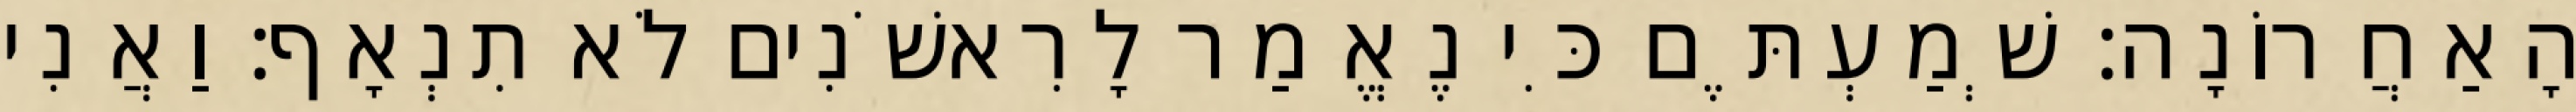
הָאַחֲרוֹנָה׃ שְׁמַעְתֶּם כִּי נֶאֱמַר לָרִאשֹׁנִים לֹא תִנְאָף׃ וַאֲנִי